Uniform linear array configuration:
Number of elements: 4
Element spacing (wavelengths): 1
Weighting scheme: cosine
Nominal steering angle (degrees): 60
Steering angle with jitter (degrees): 58.915
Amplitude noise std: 0.05
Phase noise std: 0.05

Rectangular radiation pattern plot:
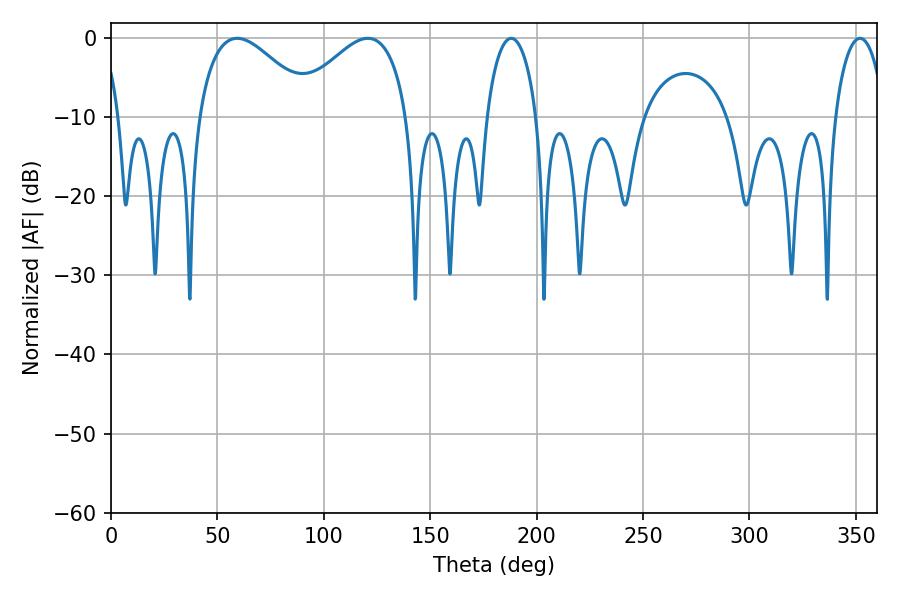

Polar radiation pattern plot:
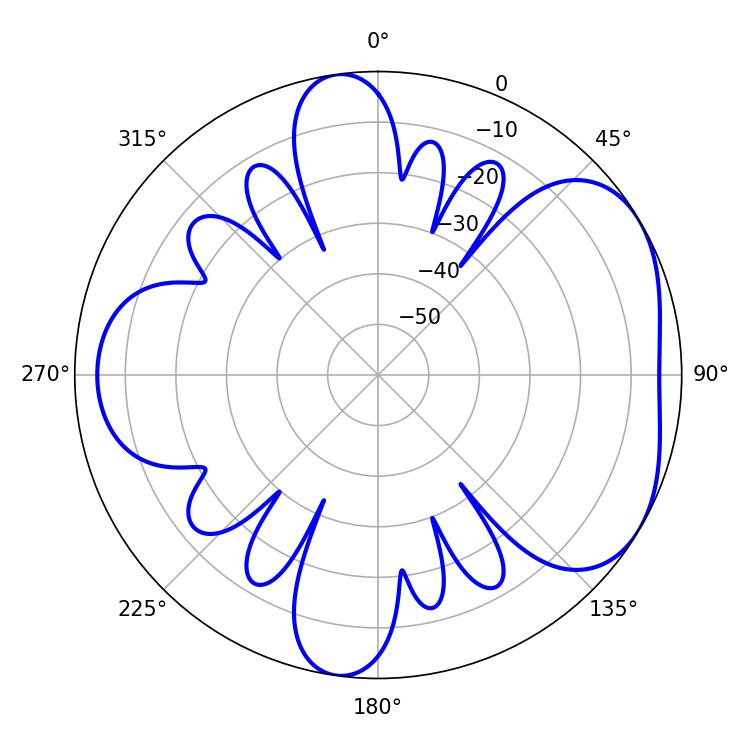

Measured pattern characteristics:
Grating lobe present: TRUE
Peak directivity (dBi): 4.714
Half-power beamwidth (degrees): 29.52
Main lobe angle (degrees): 59.22